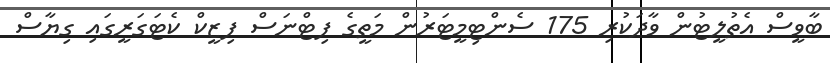
ބާވީސް އެތުލީޓުން ވާދަކުރި 175 ސެންޓިމީޓަރުން މަތީގެ ފިޓްނަސް ފިޒީކް ކެޓަގަރީގައި ގިޔާސް